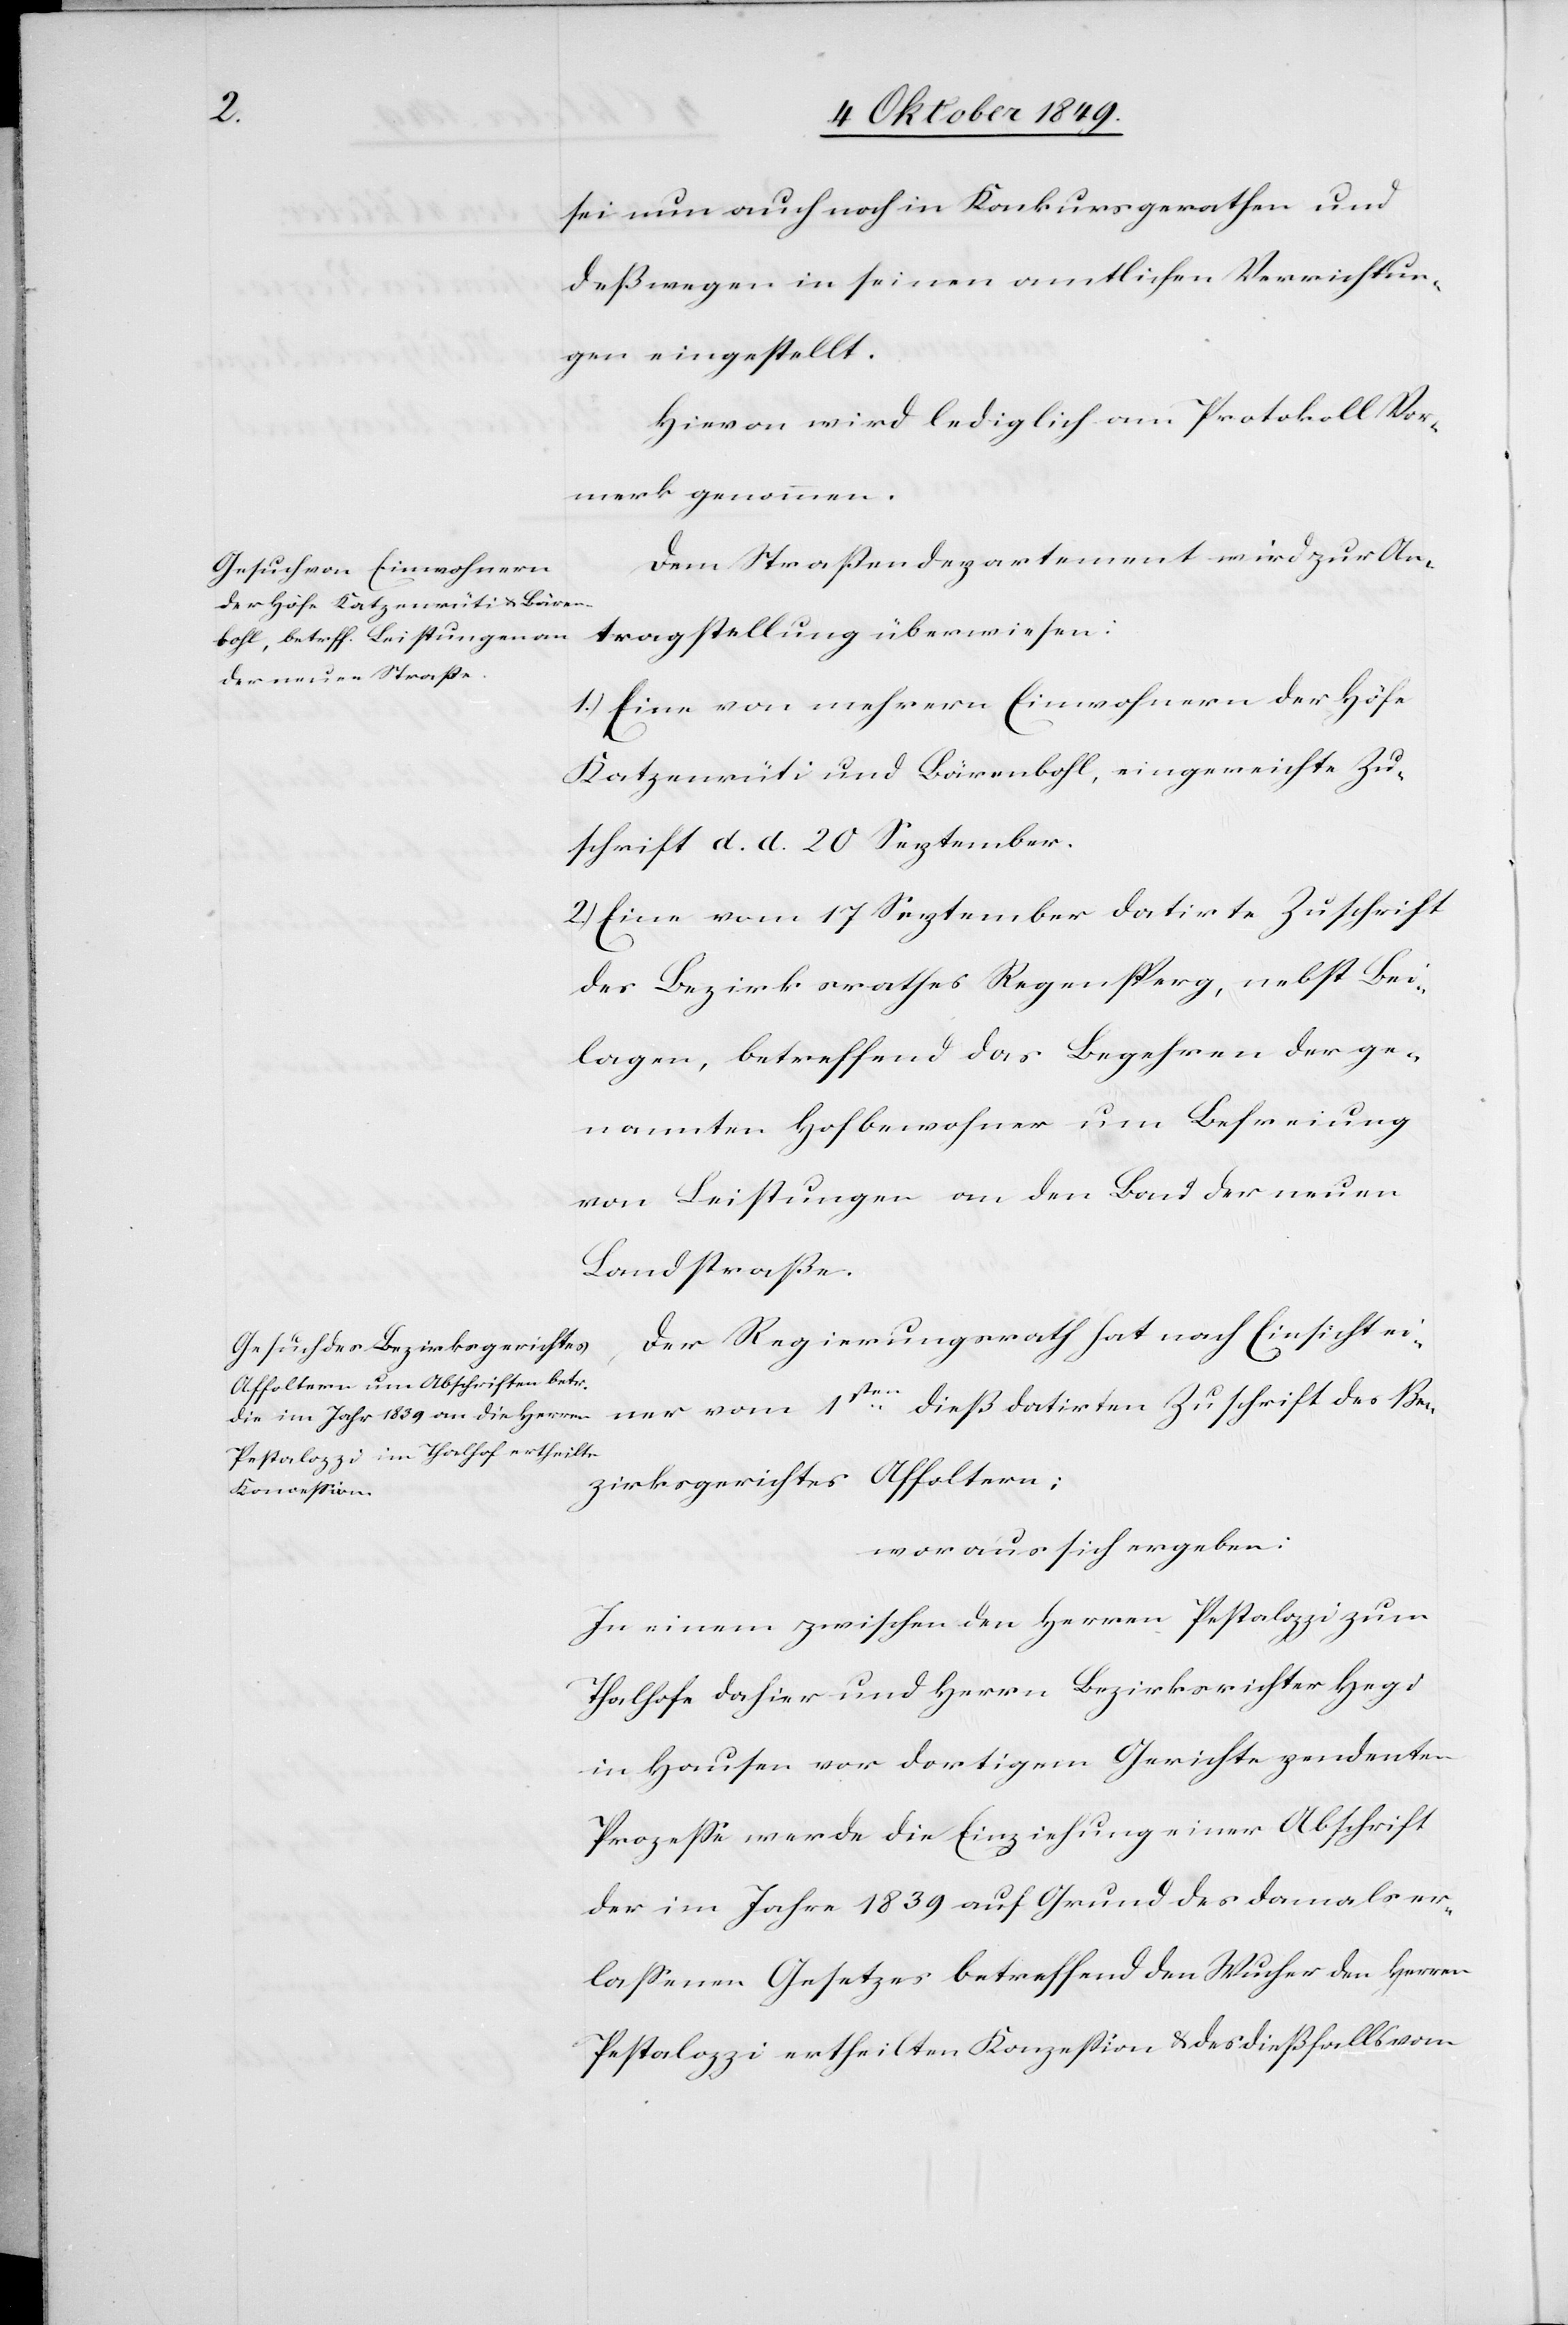
sei nun auch noch in Konkurs gerathen und
deßwegen in seinen amtlichen Verrichtun¬
gen eingestellt.
Hievon wird lediglich am Protokoll Vor¬
merk genommen.
Dem Strassendepartement wird zur An¬
tragstellung überwiesen:
1.) Eine von mehrern Einwohnern der Höfe
Katzenrüti und Bärenbohl, eingereichte Zu¬
schrift d. d. 20 September.
2.) Eine vom 17 September datirte Zuschrift
der Bezirkrathes Regensperg, nebst Bei¬
lagen, betreffend das Begehren der ge¬
nannten Hofbewohner um Befreiung
von Leistungen an den Bond der neuen
Landstraße.
Der Regierungsrath hat nach Einsicht ei¬
ner vom 1ten dieß datirten Zuschrift des Be¬
zirksgerichtes Affoltern;
woraus sich ergeben:
In einem zwischen den Herren Pestalozzi zum
Thalhofe da hier und Herrn Bezirksrichter Hegi
in Hausen vor dortigem Gerichte pendente
Prozesse werde die Einziehung einer Abschrift
der im Jahre 1839 auf Grund des damals er¬
lassenen Gesetzes betreffend den Wucher den Herren
Pestalozzi ertheilten Konzession u. des dießfalls vom